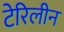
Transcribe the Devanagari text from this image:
टेरिलीन